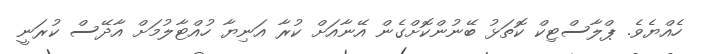
ހެއްޔެވެ. ޕްލާސްޓިކް ކޮތަޅު ބޭނުންކޮށްގެން އޭނާއަށް ކުރާ އަނިޔާ ހުއްޓާލުމަށް އާދޭސް ކުރަނީ